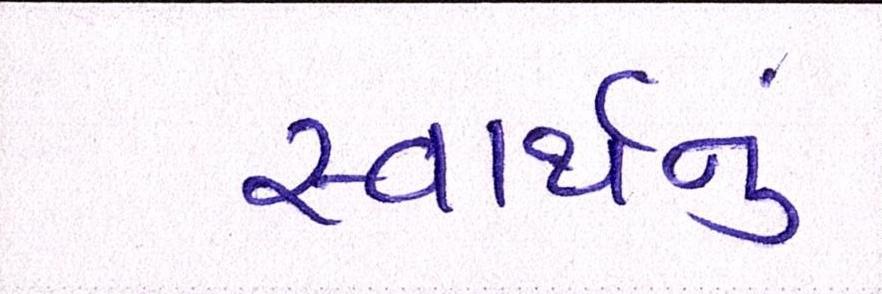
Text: સ્વાર્થનું